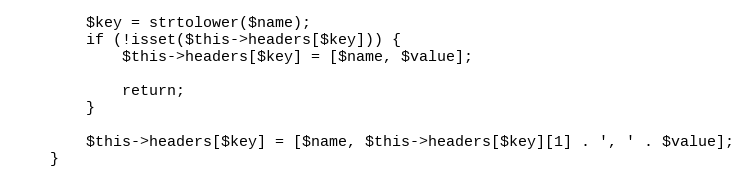
Language: PHP
        $key = strtolower($name);
        if (!isset($this->headers[$key])) {
            $this->headers[$key] = [$name, $value];

            return;
        }

        $this->headers[$key] = [$name, $this->headers[$key][1] . ', ' . $value];
    }